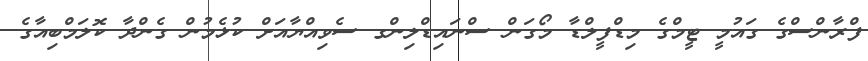
ފްރާންސްގެ ގައުމީ ޓީމްގެ މިޑްފީލްޑާ މޯގަން ސްނައިޑްލިންގ ސެވިއްޔާއަށް ކުޅެމުން ގެންދާ ކޮލަމްބިއާގެ